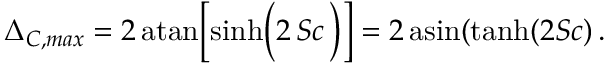
\Delta _ { C , m a x } = 2 \, \mathrm { a t a n } \bigg [ \mathrm { s i n h } \bigg ( 2 \, S c \, \bigg ) \bigg ] = 2 \, \mathrm { a s i n } ( \mathrm { t a n h } ( 2 S c ) \, .